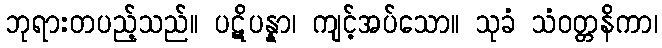
ဘုရားတပည့်သည်။ ပဋိပန္နာ၊ ကျင့်အပ်သော။ သုခံ သံဝတ္တနိကာ၊